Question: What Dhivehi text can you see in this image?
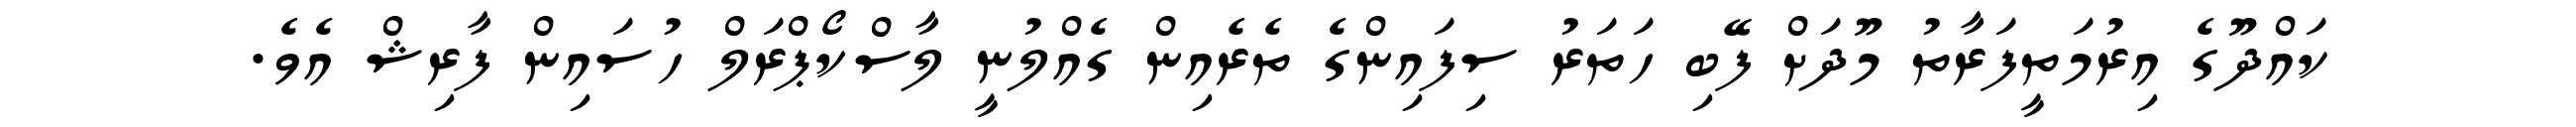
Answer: ކައްދޫގެ އިރުމަތީފަރާތު މޫދަށް ފޭބި ހަތަރު ސިފައިންގެ ތެރެއިން ގެއްލުނީ ލާސްކޯޕްރަލް ހުސައިން ފާރިޝް އެވެ.